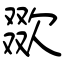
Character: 欼